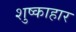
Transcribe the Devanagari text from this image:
शुष्काहार